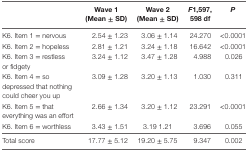
<table><thead><tr><td></td><td><b>Wave 1 (Mean ± SD)</b></td><td><b>Wave 2 (Mean ± SD)</b></td><td><b><i>F</i>1,597,598 df</b></td><td><b><i>P</i></b></td></tr></thead><tbody><tr><td>K6. Item 1 = nervous</td><td>2.54 ± 1.23</td><td>3.06 ± 1.14</td><td>24.270</td><td>&lt;0.0001</td></tr><tr><td>K6. Item 2 = hopeless</td><td>2.81 ± 1.21</td><td>3.24 ± 1.18</td><td>16.642</td><td>&lt;0.0001</td></tr><tr><td>K6. Item 3 = restless or fidgety</td><td>3.24 ± 1.12</td><td>3.47 ± 1.28</td><td>4.988</td><td>0.026</td></tr><tr><td>K6. Item 4 = so depressed that nothing could cheer you up</td><td>3.09 ± 1.28</td><td>3.20 ± 1.13</td><td>1.030</td><td>0.311</td></tr><tr><td>K6. Item 5 = that everything was an effort</td><td>2.66 ± 1.34</td><td>3.20 ± 1.12</td><td>23.291</td><td>&lt;0.0001</td></tr><tr><td>K6. Item 6 = worthless</td><td>3.43 ± 1.51</td><td>3.19 1.21</td><td>3.696</td><td>0.055</td></tr><tr><td>Total score</td><td>17.77 ± 5.12</td><td>19.20 ± 5.75</td><td>9.347</td><td>0.002</td></tr></tbody></table>